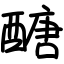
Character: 醣